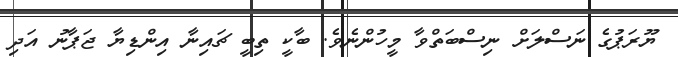
ޔޫރަޕުގެ ނަސްލަށް ނިސްބަތްވާ މީހުންނެވެ. ބާކީ ތިބީ ޗައިނާ އިންޑިޔާ ޖަޕާނު އަދި